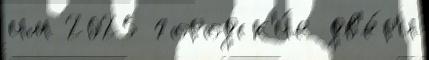
им 2025 городск'и́е дв'е́р'и